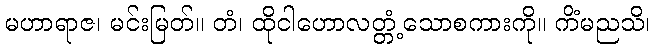
မဟာရာဇ၊ မင်းမြတ်။ တံ၊ ထိုငါဟောလတ္တံ့သောစကားကို။ ကိံမညသိ၊